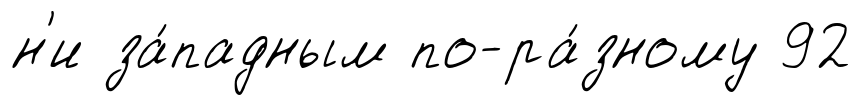
н'и за́падным по-ра́зному 92